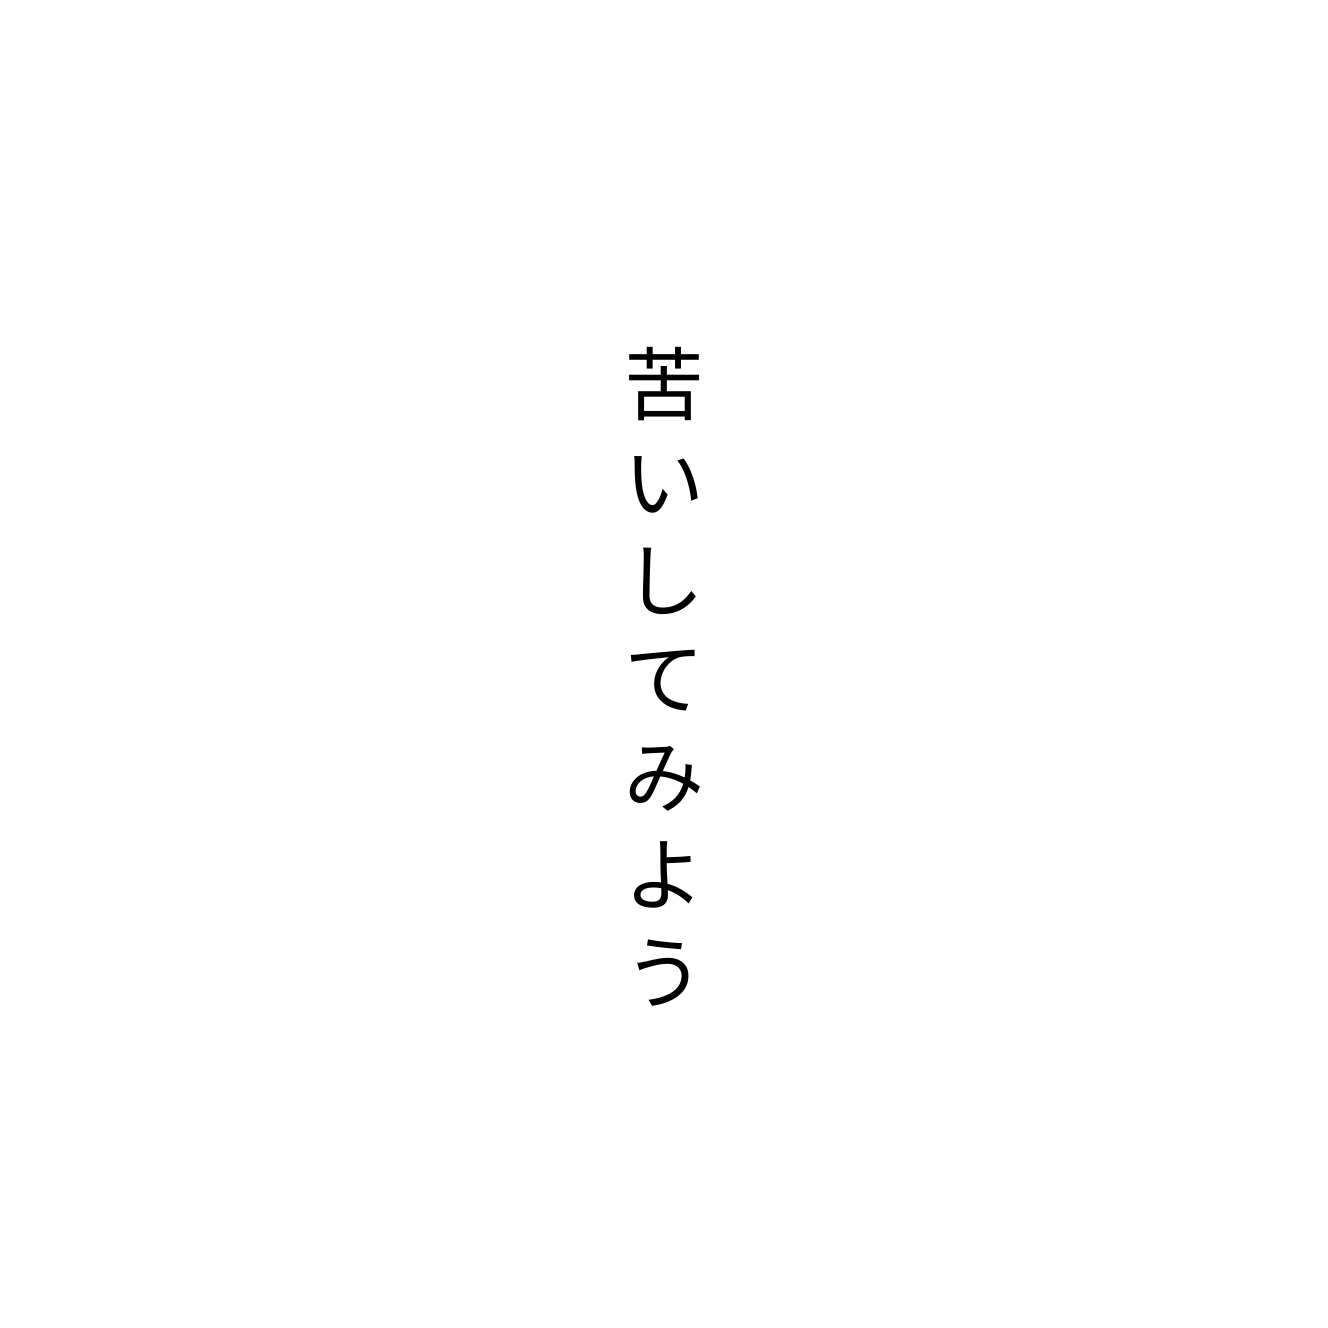
苦いしてみよう